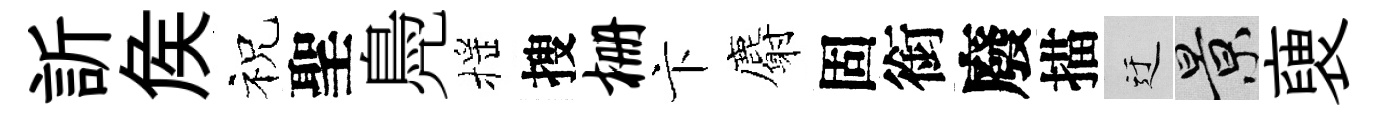
訢矦祝聖鳧摇搜栅卞麝固銜廢描迂景褏